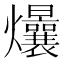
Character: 𤓢